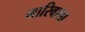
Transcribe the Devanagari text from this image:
मारिवाला